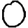
Digit: 0